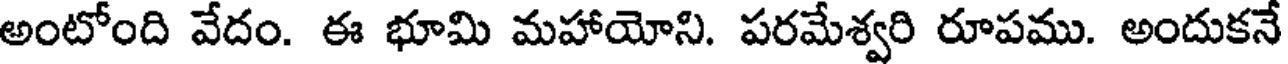
అంటోంది వేదం. ఈ భూమి మహాయోని. పరమేశ్వరి రూపము. అందుకనే